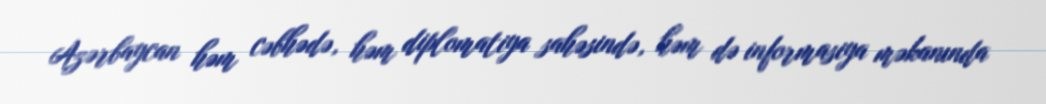
Azərbaycan həm cəbhədə, həm diplomatiya sahəsində, həm də informasiya məkanında